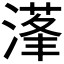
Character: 𰜴